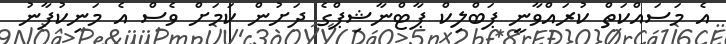
އެ މަސައްކަތް ކުރައްވާނީ ޕަބްލިކް ޕާޓްނާޝިޕްގެ ދަށުން ކަމަށް ވެސް އެ މަނިކުފާނު